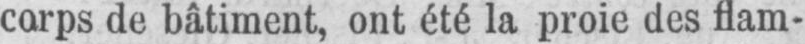
corps de bâtiment, ont été la proie des flam-